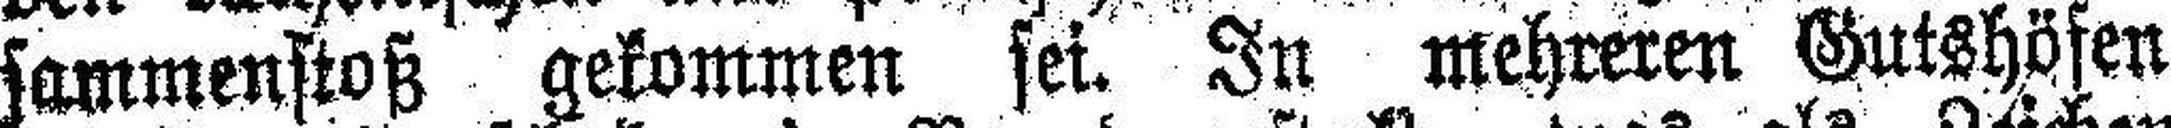
sammenstoß gekommen sei. In mehreren Gutshöfen